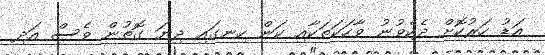
އަޑު ހަރުކޮށް ދެކެވުނު ވާހަކަތަކާއި ކަން ހިނގައި ދިޔަ ގޮތުން ވެސް އަދި